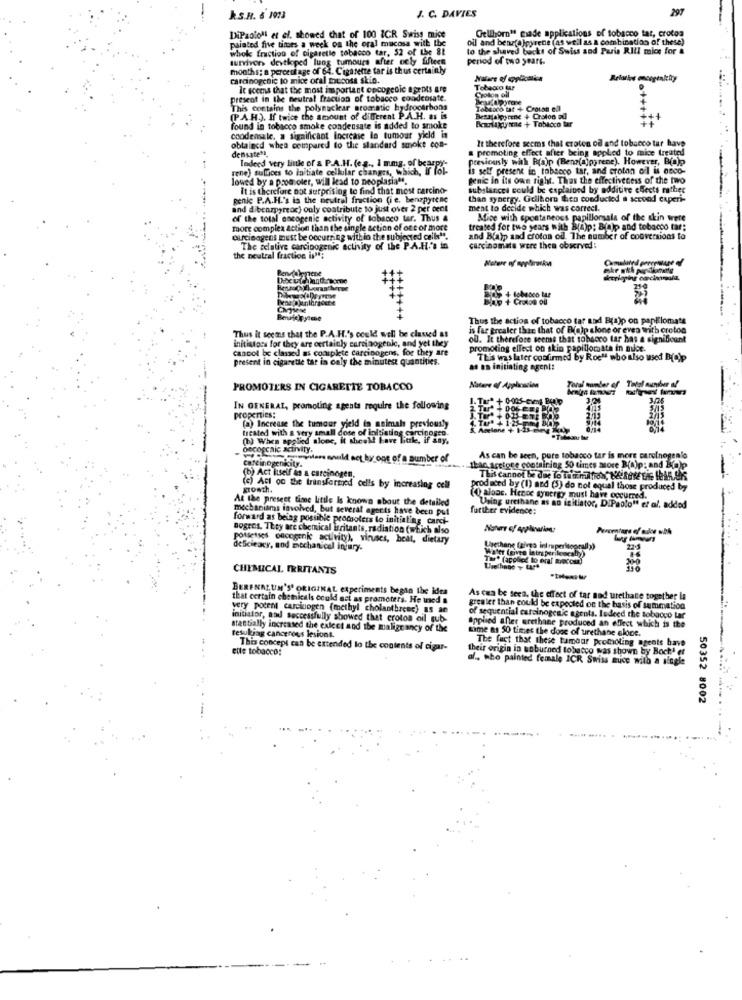
J. C. DAVIES
297
k.S.H. & 1973
Gellhorn" made applications of tobacco tat, crotoa
puiated five times a week on the oral mucosa with the
DiPaolo's ef el. showed that of 100 1CR Swiss mice
oil and benzolpyrene (as well as a combination of these)
whole fraction of cigaretle tobacco tar, 52 of the 81
to the shaved bucks of Swiss and Paris RIll mice for &
survivor developed lung tumours after only fifteen
period of two years.
months; a percentage of 64. Cigarette tar is thus certainly
carcinogenic to mice oral mucosa skin.
It seems that the most important oncogenic agents are
Tobeaco tur
Coolon oil
present in the neutral fraction of tobacco coodcosate.
This contains the polynuclear aromatic hydrocarbons
Tobanco tat + Croiss ell
(P.A.H.). If twice the amount of different P.A.H. as is
Beskalpyrene + Chaton oul
Beslaggynae + Tobacco tar
T
found in tobacco smoke condensate is added to smoke
coodensale, a significant Increase lo tumour yield in
It therefore seems that croton od and tobacco tar have
densate".
obtained when compared to the standard smoke con-
promoting effect after being applied to mice treated
previously with Praip (Beno(a]pyrene). However, Blaje
rene) sulfices to initiate cellular changes, which, If fo
Indeed very little of a P.A.H. (e.g ., 1 mmg, of bcarpy"-
is self present in tobacco tar, and erolan oil is osco-
lowed by a promoter, will lead to neoplasia".
genic in its own right. Thas the effectiveness of the two
It is therefore not surprising to find that most carcino-
substances could be explained by additive effects rather
genic P.A.H.'s is the neutral fraction (ie, benzpyrene
than synergy. Geilboro then conducted a second experi-
and dibenzoyreac) ouly coatribute to just over 2 per cent
ment to decide which was correct.
of the total oncogenic activity of tobacco tar. Thus a
Mice with spontaneous papillonsala of the skin were
more complex action than the single action of one or more
treated for two years with B(a)p; Bfa)p and tobacco tar:
ourciBagens must be occurring within the subjected cell".
and B(aip and croton od. The number of conversions to
The relative carcinogenic activity of the P.A.H.'s in
carcinomate were then observed :
the neutral fraction is";
Rentalemnene
Thus the action of tobacco tar and B(a)p on panElomate
Thus it seems that the P.A.H.'s could well be classed as
is far greater than that of Ble)p alone or even with croton
initistoss for they are certainly carcinogenic, and yet they
ou. It therefore seems that tobacco tar has a significant
cannot be classed as complete carcinogens, for th
promoting ellect on skin papillomata in nuce.
present in cigarette tar in only the minutest quantities.
This was later confirmed by Rocha who also used B(Cip
as an initiating agent:
PROMOTERS IN CIGARETTE TOBACCO
Nature of Application
-
3.05
IN GENERAL, promoting agents require the following
properties:
(a) Increase the tumour yield to animals previously
treated with a very small dose of initiating carcinogen.
() When applied alone, it theold have Tiuk, if a
oecofchic activity,
Carcinogenicity.
asvilare muld act by one of a number of
As can be seen, pure tobacco tar is more carcinogenio
than acetone containing 50 times more Brajp: and Bialp
(b) Act iuseif in a carcinogen.
This cannot be due To THE HRAN, Ne ROM THE HEAR.UK
growth.
(c) Act on the transfermed cells by increasing cell
produced by (1) and (5) do not equal those produced by
At the present time Little Is known about the detailed
(O alaac. Hence synergy must have occurred.
mechanisms involved, but several agerts have been put
further evidence:
Using urethane as ao initiator, DiPaolo" et al, added
forward as being possible promoters to initialing carci-
Bogens. They are chemical irritants, radiation (which also
potsetses oncogenic activity), viruses, heat, dietary
deScieacy, and mechanical injury.
Water (øvre latraperiloscaby)
Lisechane (gives intruperitoorally)
22.5
Tw. (applied to eral meccan)
CHEMICAL IRRITANTS
BERENALUM'S' ORIGINAL experiments begin the idea
that certain chemicals could act as promoters. He used a
As cua be seen, the effect of tar nod urethatte together la
very potent carcinogen (methyl cholanthreec) 85 af
greater than could be expected on the basis of summation
initiator, nad successfully showed that crotos oil sub-
applied aner urethane produced an effect which is the
of sequential carcinogenic agents. Indeed the tobacco tar
stastially increased the exlect and the malignancy of the
Lime as 50 times the door of urethane eloce.
tesukjag cancerous lesions.
elle tobacco:
This concept can be extended lo the contents of cigar-
their origin in soburned tobacco was shown by Boch' er
The fact that these tamour promoting arents have
al ., who painted female ICR Swiss auce with a single
50352 8002